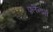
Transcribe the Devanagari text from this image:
फ्लैन्डर्स